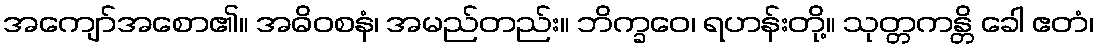
အကျော်အစော၏။ အဓိဝစနံ၊ အမည်တည်း။ ဘိက္ခဝေ၊ ရဟန်းတို့။ သုတ္တကန္တိ ခေါ ဧတံ၊